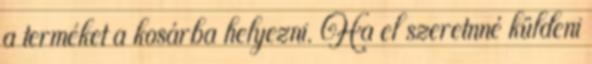
a terméket a kosárba helyezni. Ha el szeretnné küldeni